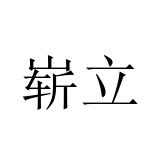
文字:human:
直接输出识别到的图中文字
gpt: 崭立